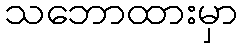
သဘောထားမှာ